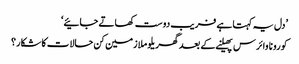
’دل یہ کہتا ہے فریب دوست کھاتے جائیے‘
کورونا وائرس پھیلنے کے بعد گھریلو ملازمین کن حالات کا شکار؟